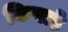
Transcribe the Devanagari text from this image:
किवाड़े